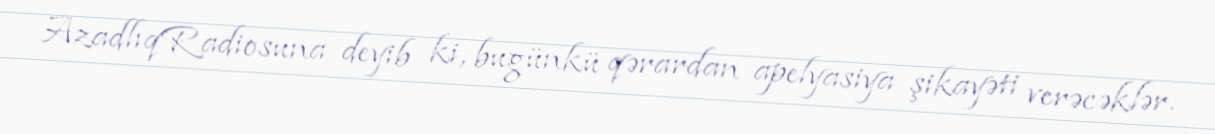
AzadlıqRadiosuna deyib ki, bugünkü qərardan apelyasiya şikayəti verəcəklər.